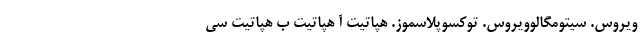
ویروس. سیتومگالوویروس. توکسوپلاسموز. هپاتیت آ هپاتیت ب هپاتیت سی